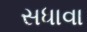
સધાવા